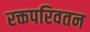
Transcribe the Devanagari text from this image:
रक्तपरिवतन